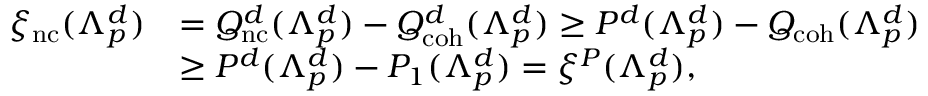
\begin{array} { r l } { \xi _ { \mathrm { n c } } ( \Lambda _ { p } ^ { d } ) } & { = Q _ { \mathrm { n c } } ^ { d } ( \Lambda _ { p } ^ { d } ) - Q _ { \mathrm { c o h } } ^ { d } ( \Lambda _ { p } ^ { d } ) \geq P ^ { d } ( \Lambda _ { p } ^ { d } ) - Q _ { \mathrm { c o h } } ( \Lambda _ { p } ^ { d } ) } \\ & { \geq P ^ { d } ( \Lambda _ { p } ^ { d } ) - P _ { 1 } ( \Lambda _ { p } ^ { d } ) = \xi ^ { P } ( \Lambda _ { p } ^ { d } ) , } \end{array}